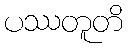
ပဿတူတိ